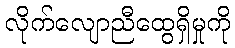
လိုက်လျောညီထွေရှိမှုကို